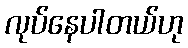
လုပ်နေပါတယ်ဟု